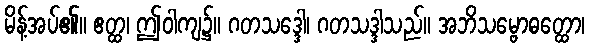
မိန့်အပ်၏။ ဧတ္ထ၊ ဤဝါကျ၌။ ဂတသဒ္ဒေါ၊ ဂတသဒ္ဒါသည်။ အဘိသမ္ဗောဓတ္ထော၊